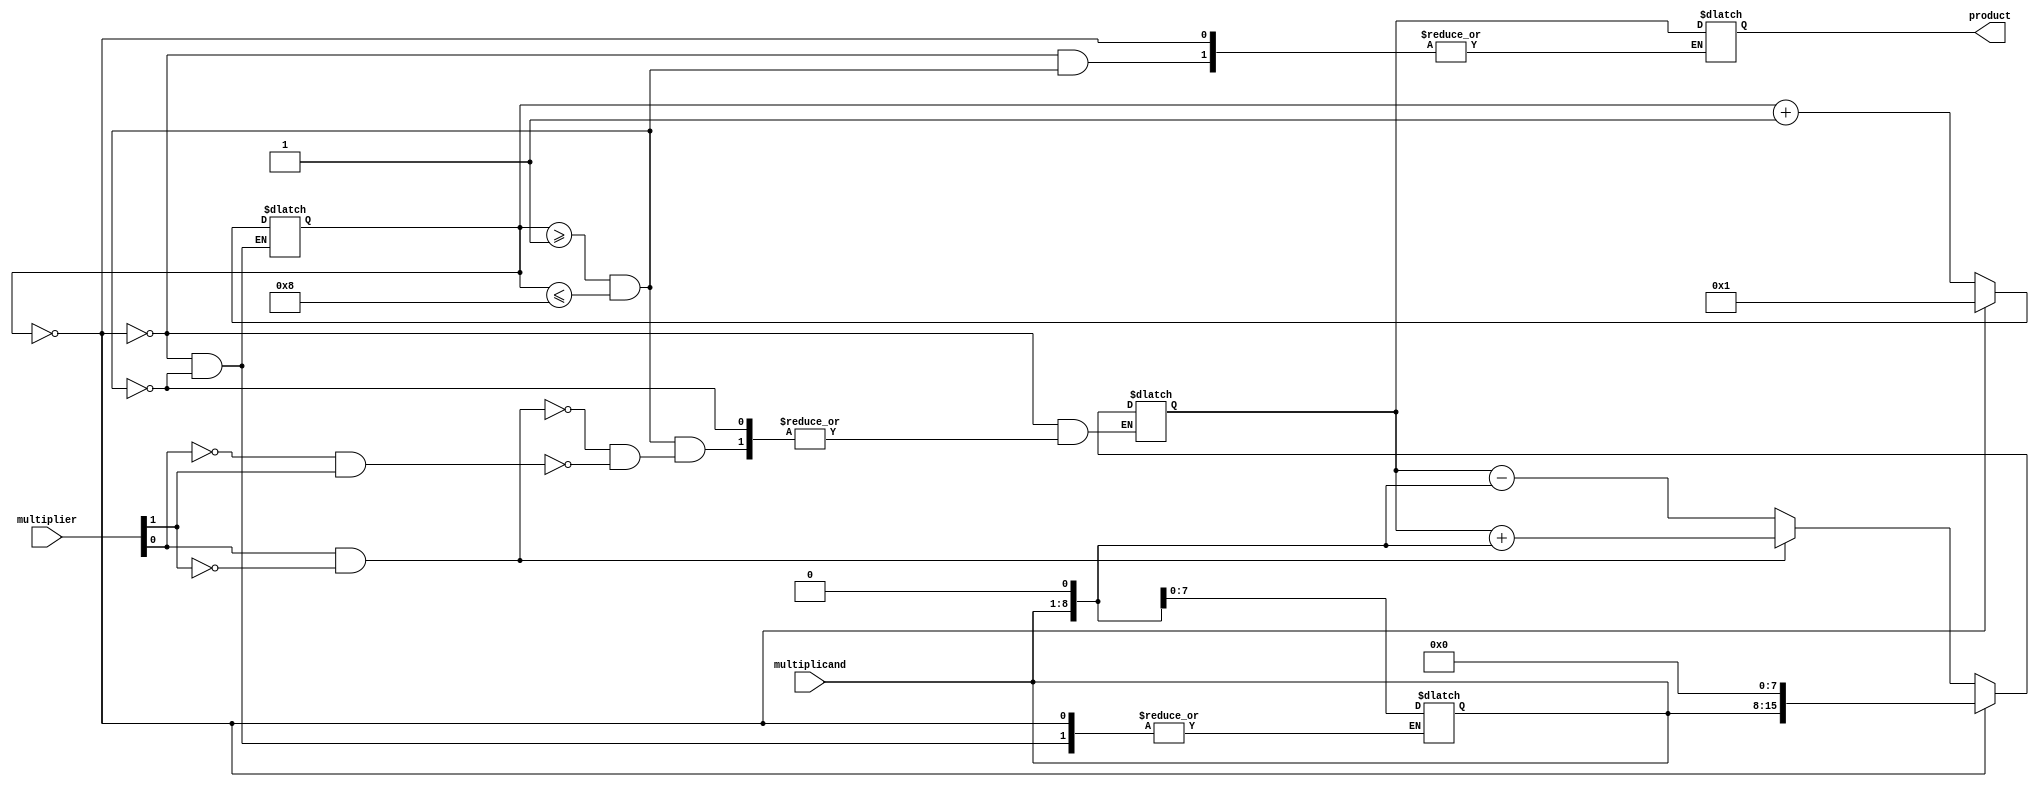
module booth_multiplier(
    input [7:0] multiplicand,
    input [7:0] multiplier,
    output reg [15:0] product
);

reg [15:0] partial_product;
reg [3:0] control_state;

always @(multiplicand, multiplier) begin
    if (control_state == 0) begin
        partial_product <= {multiplicand, 8'b0};
        control_state <= 1;
    end else if (control_state >= 1 && control_state <= 8) begin
        if (multiplier[0] == 1 && multiplier[1] == 0) begin
            partial_product <= partial_product + (multiplicand << 1);
        end else if (multiplier[0] == 0 && multiplier[1] == 1) begin
            partial_product <= partial_product - (multiplicand << 1);
        end
        control_state <= control_state + 1;
        multiplicand <= multiplicand << 1;
    end else begin
        product <= partial_product;
    end
end

endmodule